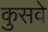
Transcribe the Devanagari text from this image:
कुसवे